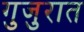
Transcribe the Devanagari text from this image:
गुजुरात